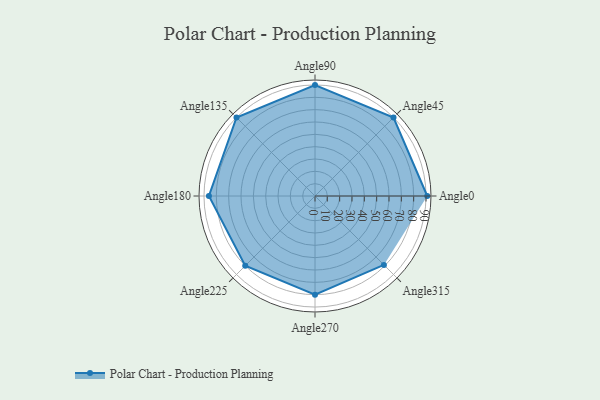
{"axis": {"x": "Angle", "y": "Radius"}, "legend": [""], "data": [{"x": "Angle0", "y": 91.0, "type": ""}, {"x": "Angle45", "y": 90.0, "type": ""}, {"x": "Angle90", "y": 90.0, "type": ""}, {"x": "Angle135", "y": 90.0, "type": ""}, {"x": "Angle180", "y": 86.0, "type": ""}, {"x": "Angle225", "y": 80.0, "type": ""}, {"x": "Angle270", "y": 80.0, "type": ""}, {"x": "Angle315", "y": 79.0, "type": ""}]}